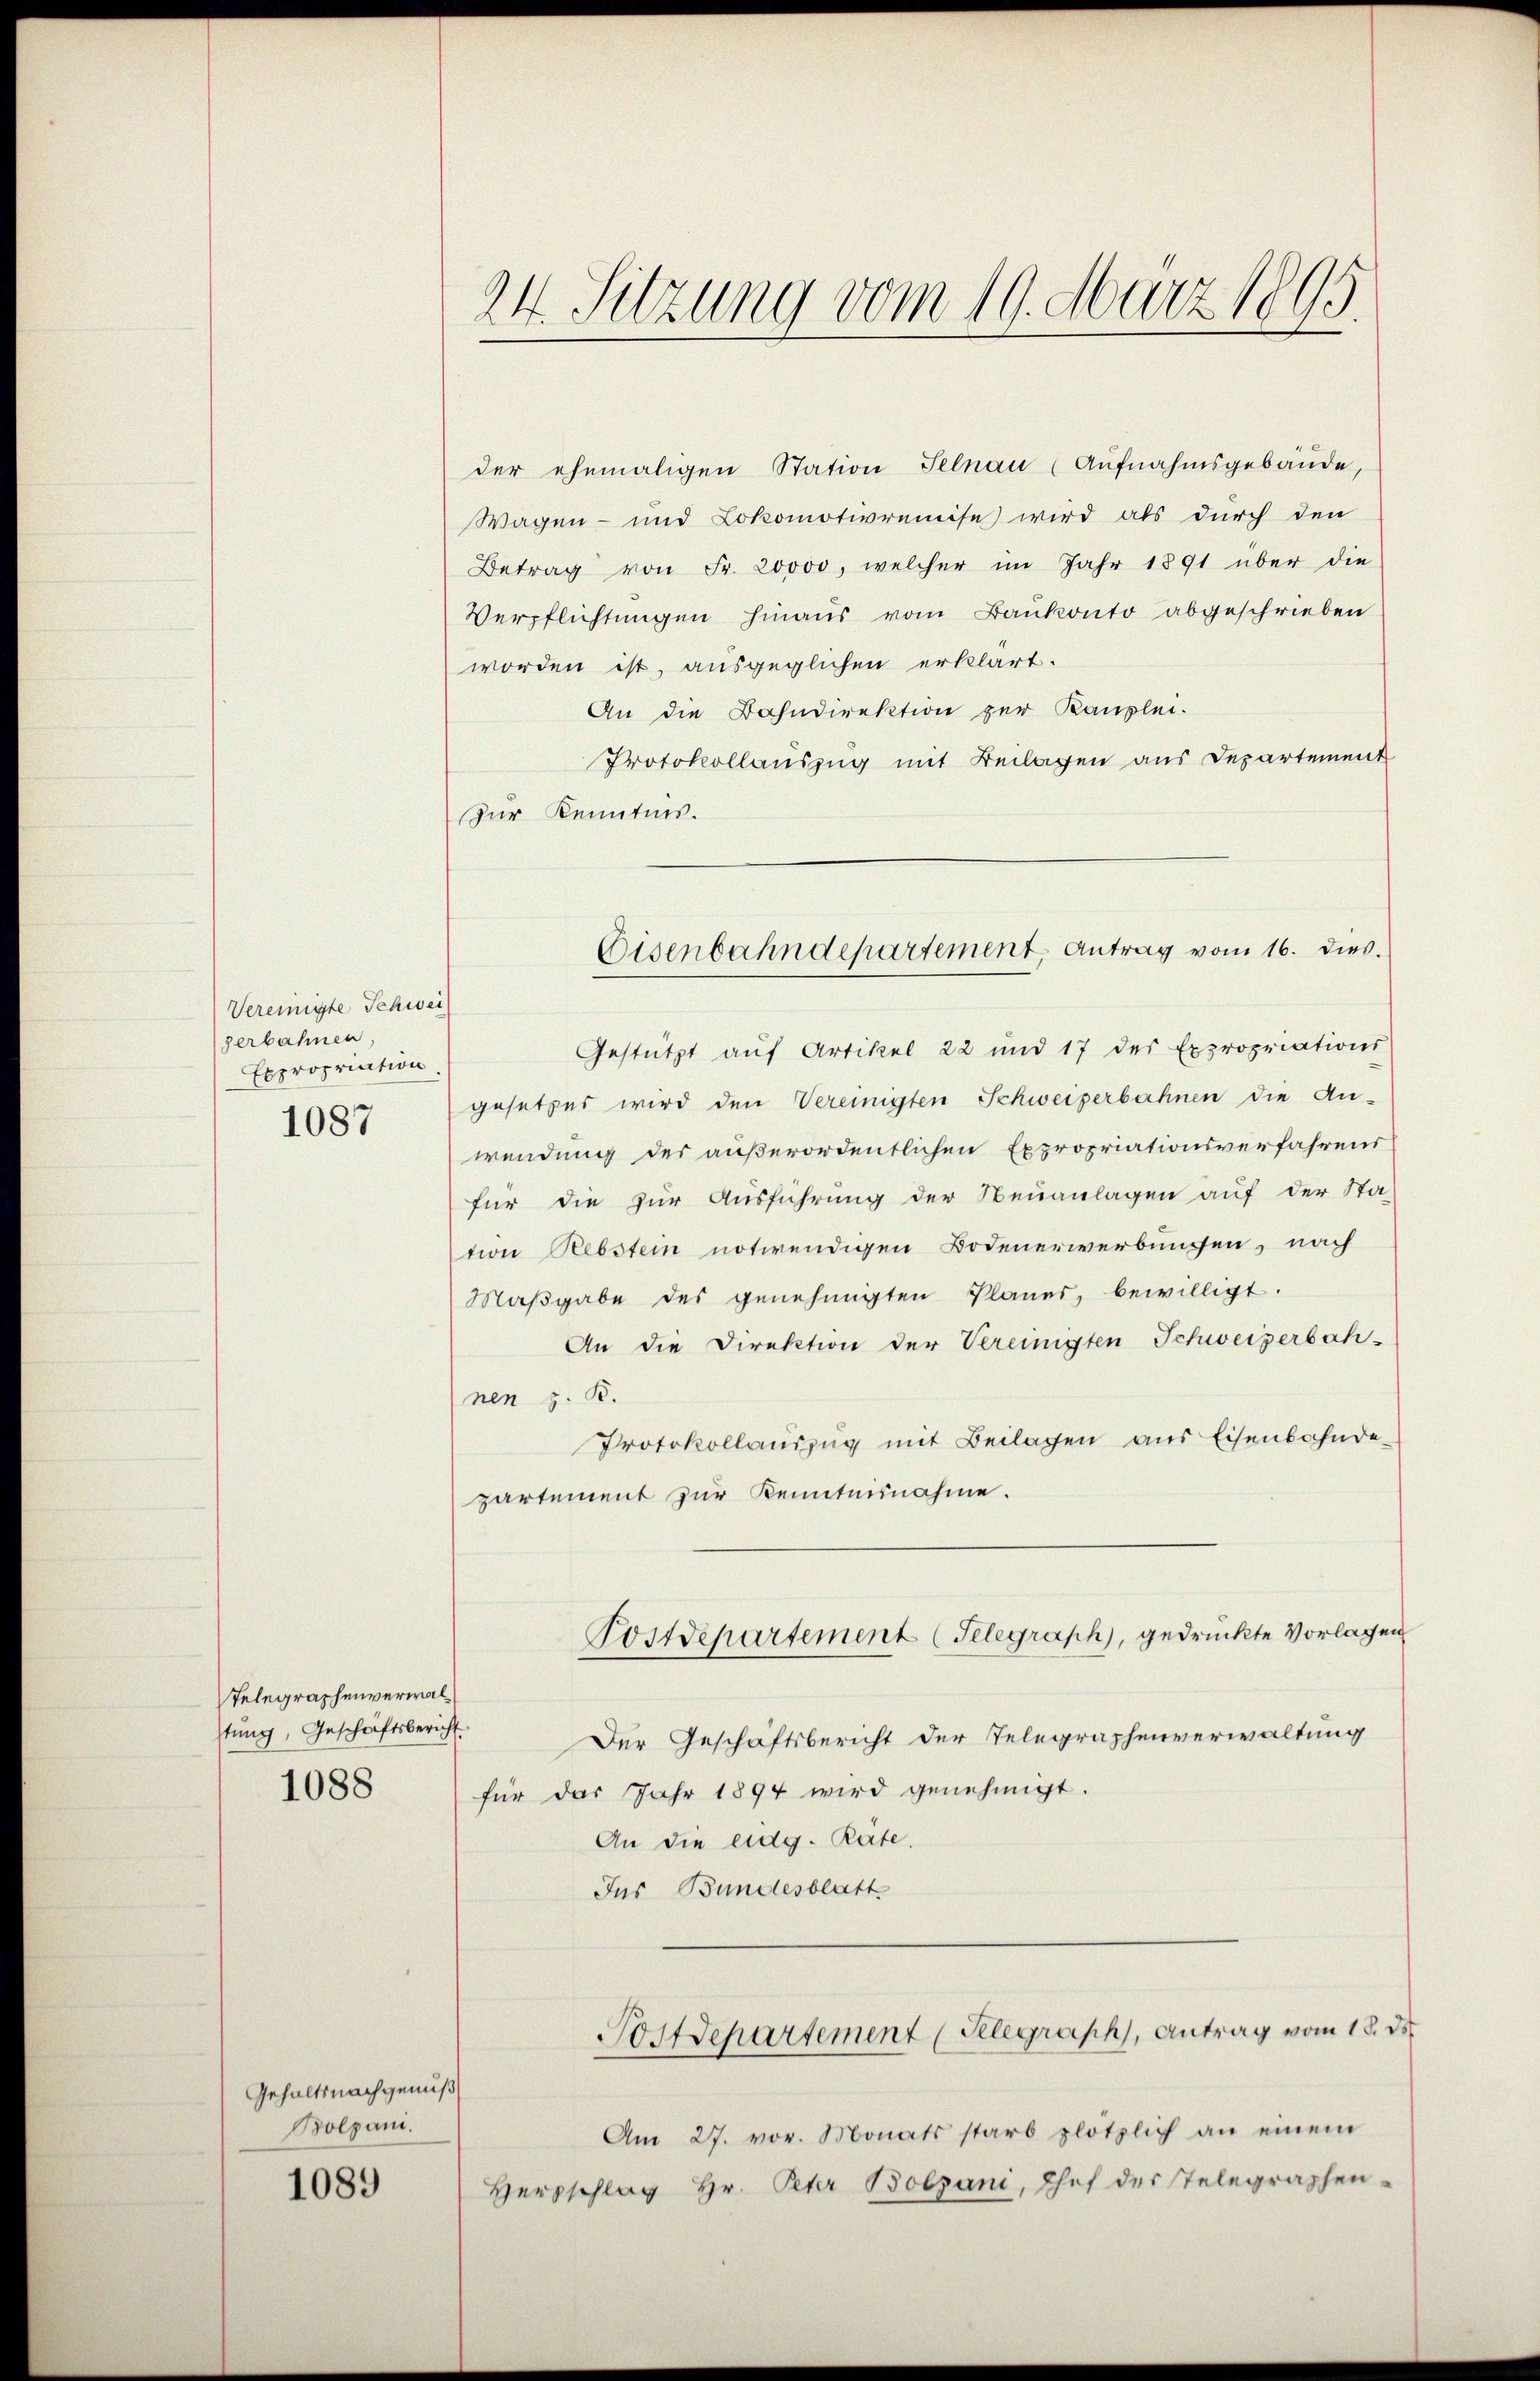
Vereinigte Schwei
zerbahnen,
Expropriation
1087

Telegraphenverwalstŭng, Geschäftsbericht

1088

Gehaltsnachgenuß
Bolpani.

1089

der ehemaligen Station Selnau (Aŭfnahmsgebäŭde,
Wagen- und Lokomotivremise wird als durch den
Betrag von Fr. 20000, welcher im Jahr 1891 über die
Verpflichtungen hinaus vom Baukonto abgeschrieben
worden ist, ausgeglichen erklärt.
An die Bahndirektion zur Kanzlei-
Protokollauszug mit Beilagen aus Departement
Zur Kenntnis.

24. Sitzung vom 19. März 1895.

Gestützt aŭf Artikel 22 und 17 des Expropriations-
gesetzes wird den Vereinigten Schweizerbahnen die An-
wendung des außerordentlichen Expropriationsverfahrens
für die zur Ausführung der Neuanlagen auf der Sta-
tion Rebstein notwendigen Bodenerwerbungen, nach
Maβgabe des genehmigten Planes, bewilligt.
An die Direktion der Vereinigten Schweizerbah-
nen z. B.
Protokollaŭszŭg mit Beilagen aus Eisenbahnde-
partement zur Kenntnisnahme.
Postdepartement (Telegraph, gedruckte Vorlagen
Der Geschäftsbericht der Telegraphenverwaltung
für das Jahr 1894 wird genehmigt.
An die eidg. Räte.
Ins Bundesblatt

Eisenbahndepartement, Antrag vom 16. dies.

Am 27. vor. Monats starb plötzlich an einem
Herzschlag Hr. Peter Bolzani, Thof des Telegraphen-

Postdepartement (Relegraph, Antrag vom 18. ds.